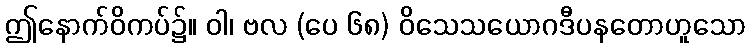
ဤနောက်ဝိကပ်၌။ ဝါ၊ ဗလ (ပေ ၆၈) ဝိသေသယောဂဒီပနတောဟူသော